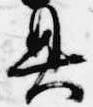
具